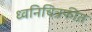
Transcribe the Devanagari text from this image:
ध्वनिचित्रफीत